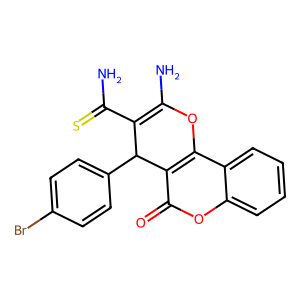
SMILES: NC(=S)C1=C(N)Oc2c(c(=O)oc3ccccc23)C1c1ccc(Br)cc1
Inhibits HIV replication: No